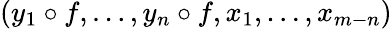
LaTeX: (y_{1}\circ f,\dotsc,y_{n}\circ f,x_{1},\dotsc,x_{m-n})